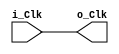
/*
Developed By Subtleware Corporation Pte Ltd 2011
File		:
Description	:	
Remarks		:
Revision	:
	Date	Author		Description
02/09/12	Jefflieu
*/

module mClkBuf(input i_Clk,output o_Clk);

	
	assign o_Clk = i_Clk;
endmodule